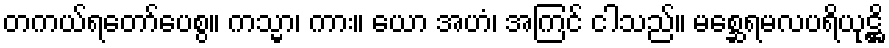
တကယ်ရတော်ပေစွ။ ကသ္မာ၊ ကား။ ယော အဟံ၊ အကြင် ငါသည်။ မစ္ဆေရမလပရိယုဋ္ဌိ